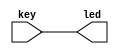
//*******************************************************
// Projeto: Utilizao dos leds e botes do kit
// Autor: Diego Nagai (https://github.com/diegonagai)
//*******************************************************

module key_led (key, led);

input  [1:4] key;
output [1:4] led;

assign led = key;

endmodule